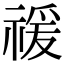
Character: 禐